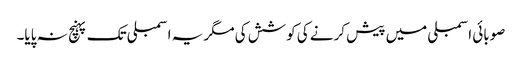
صوبائی اسمبلی میں پیش کرنے کی کوشش کی مگر یہ اسمبلی تک پہنچ نہ پایا۔